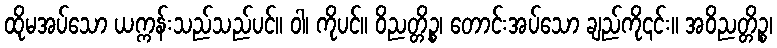
ထိုမအပ်သော ယက္ကန်းသည်သည်ပင်။ ဝါ၊ ကိုပင်။ ဝိညတ္တိဉ္စ၊ တောင်းအပ်သော ချည်ကို၎င်း။ အဝိညတ္တိဉ္စ၊